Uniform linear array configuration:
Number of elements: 64
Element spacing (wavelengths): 0.75
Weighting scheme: exponential
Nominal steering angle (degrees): -60
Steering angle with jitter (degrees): -61.509
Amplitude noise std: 0.05
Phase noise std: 0.05

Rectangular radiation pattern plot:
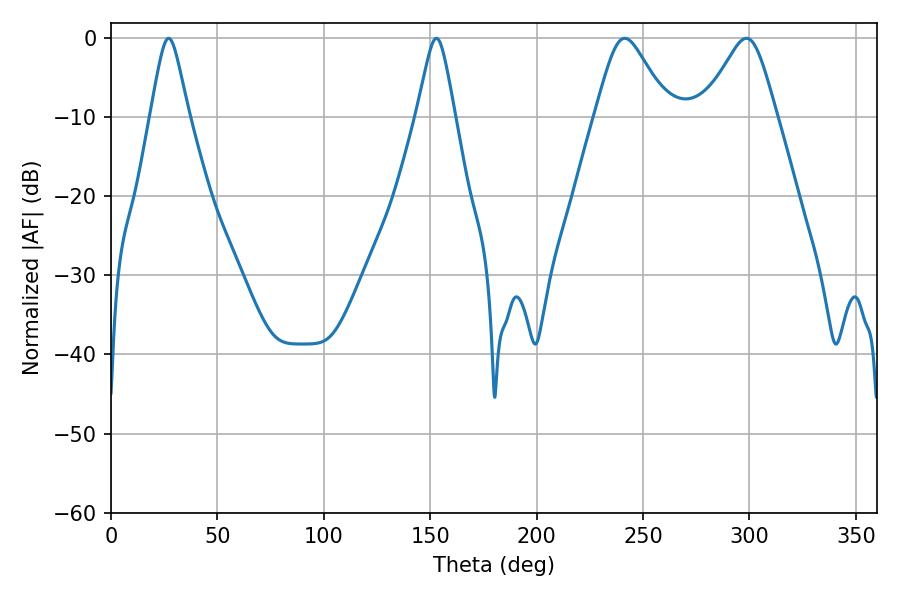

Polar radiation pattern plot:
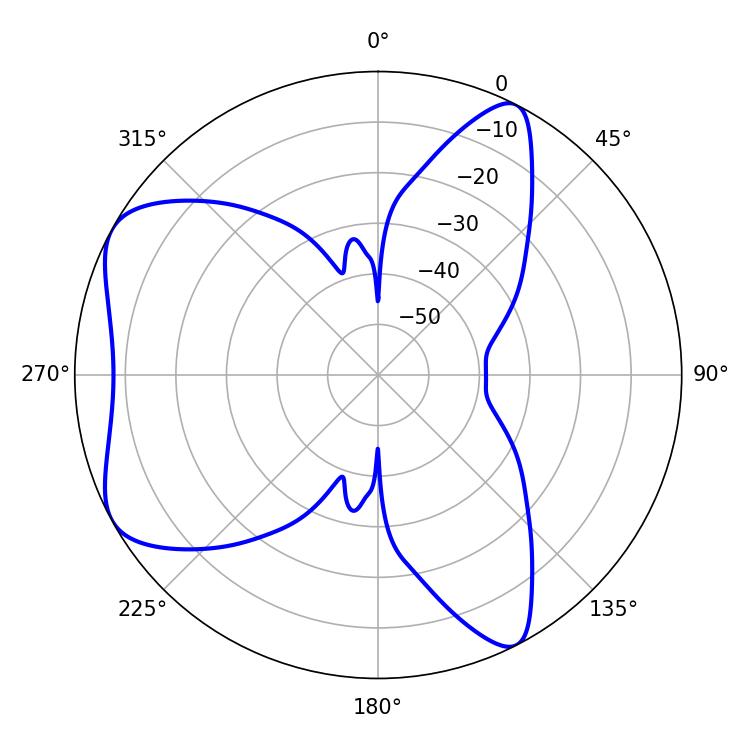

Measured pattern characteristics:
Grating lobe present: TRUE
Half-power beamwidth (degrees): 16.74
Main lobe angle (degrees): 241.38